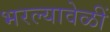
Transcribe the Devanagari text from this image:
भरल्यावेळीं